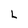
Character: L